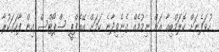
ހުވަފެނަށް ކޮލަމްބިއާ އަށް ނިމުމެއް ގެނެވިދާނެ ކަމަށް އޭއެފްޕީ ސްޕޯޓްސް އިން ފާހަގަކުރާ